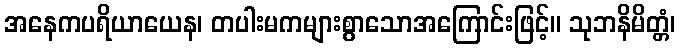
အနေကပရိယာယေန၊ တပါးမကများစွာသောအကြောင်းဖြင့်။ သုဘနိမိတ္တံ၊